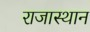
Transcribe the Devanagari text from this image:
राजास्थान